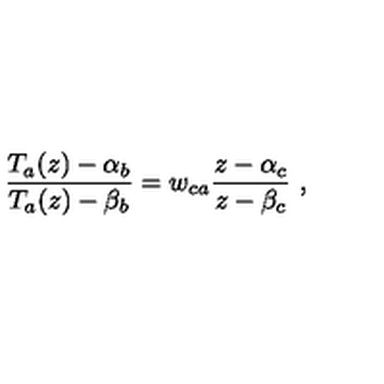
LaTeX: \frac { T _ { a } ( z ) - \alpha _ { b } } { T _ { a } ( z ) - \beta _ { b } } = w _ { c a } \frac { z - \alpha _ { c } } { z - \beta _ { c } } \ ,